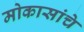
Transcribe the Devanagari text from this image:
मोकासांचे